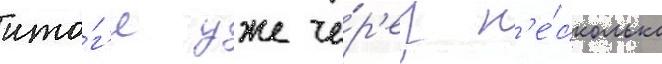
ито́г'е уже че́р'ез н'е́сколько